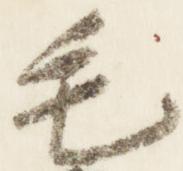
毛